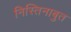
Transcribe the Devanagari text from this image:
निस्तिनाबुत